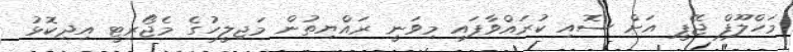
މަހްލޫފް ޖޭޕީ އަށް ސޮއި ކުރައްވާފައި މިވަނީ ރައްޔިތުން މަޖިލީހުގެ މެޖޯރިޓީ އިދިކޮޅު